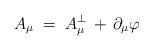
LaTeX: \begin{align*}A_\mu \;=\; A_\mu^\perp \,+\, \partial_\mu \varphi\end{align*}